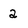
Character: 2